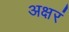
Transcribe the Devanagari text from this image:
अक्षरं